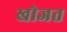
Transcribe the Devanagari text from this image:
खोजत